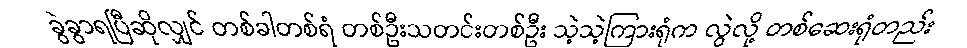
ခွဲခွာရပြီဆိုလျှင် တစ်ခါတစ်ရံ တစ်ဦးသတင်းတစ်ဦး သဲ့သဲ့ကြားရုံက လွဲလို့ တစ်ဆေးရုံတည်း